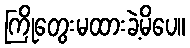
ကြိုတွေးမထားခဲ့မိပေ။